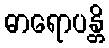
ဓာရောပန္တိ